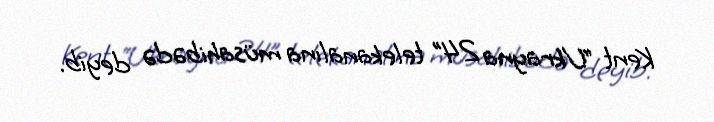
Kent “Ukrayna 24” telekanalına müsahibədə deyib.